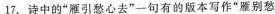
17.诗中的”雁引愁心去”-句有的版本写作”雁别愁